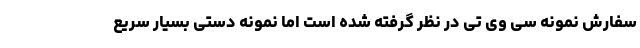
سفارش نمونه سی وی تی در نظر گرفته شده است اما نمونه دستی بسیار سریع